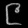
Digit: ၉